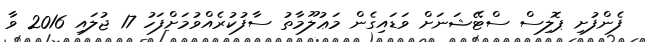
ފެންފުށި ޕޮލިސް ސްޓޭޝަނަށް ވަޑައިގެން މަޢުލޫމާތު ސާފުކުރެއްވުމަށްފަހު 17 ޖުލައި 2016 ވާ